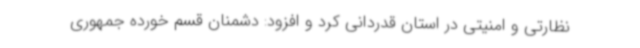
نظارتی و امنیتی در استان قدردانی کرد و افزود: دشمنان قسم خورده جمهوری